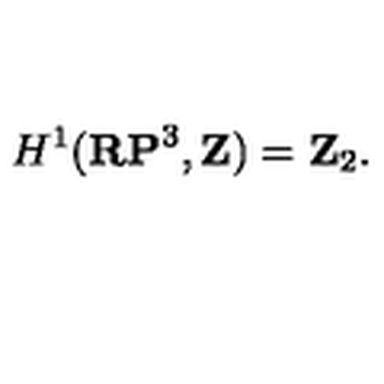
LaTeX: H ^ { 1 } ( { \bf R P } ^ { 3 } , { \bf Z } ) = { \bf Z } _ { 2 } .